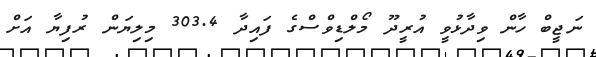
ނަޖީބް ހާން ވިދާޅުވީ އުރީދޫ މޯލްޑިވްސްގެ ފައިދާ 303.4 މިލިޔަން ރުފިޔާ އަށް